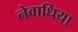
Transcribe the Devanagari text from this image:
नेवाधिया